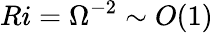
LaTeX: Ri=\Omega^{-2}\sim O(1)